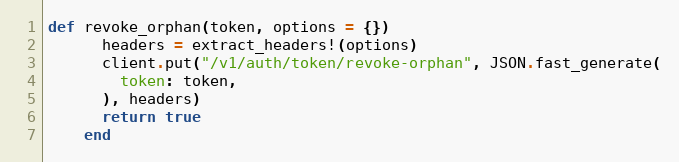
Language: Ruby
def revoke_orphan(token, options = {})
      headers = extract_headers!(options)
      client.put("/v1/auth/token/revoke-orphan", JSON.fast_generate(
        token: token,
      ), headers)
      return true
    end